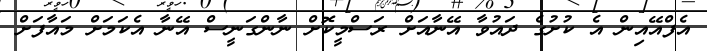
އެފްއޭއިން އެ ކުށުގެ ދައުވާ އޭނާއަށް ރަސްމީކޮށް ނާންގަނީސް އޭނާ އެކަމަށް މައާފަށް